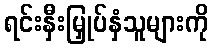
ရင်းနှီးမြှုပ်နှံသူများကို